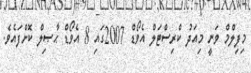
މިފިލްމް ވަނީ މިއަދު ކްރިސްޓަލް އެވޯޑް 2007ގައި 8 އެވޯޑް ޙާޞިލް ކޮށްފައެވެ.